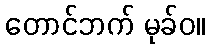
တောင်ဘက် မုခ်ဝ။